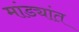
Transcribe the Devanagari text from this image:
मांड्यांत